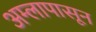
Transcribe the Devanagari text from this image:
अम्लापासून